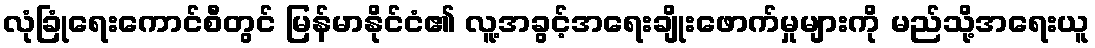
လုံခြုံရေးကောင်စီတွင် မြန်မာနိုင်ငံ၏ လူ့အခွင့်အရေးချိုးဖောက်မှုများကို မည်သို့အရေးယူ